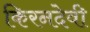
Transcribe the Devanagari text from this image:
किरनदेवी